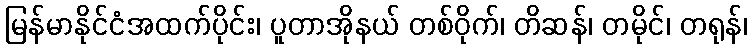
မြန်မာနိုင်ငံအထက်ပိုင်း၊ ပူတာအိုနယ် တစ်ဝိုက်၊ တိဆန်၊ တမိုင်၊ တရုန်၊